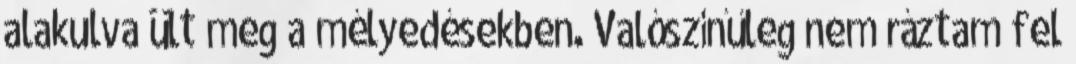
alakulva ült meg a mélyedésekben. Valószínűleg nem ráztam fel